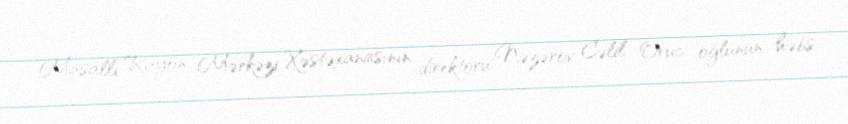
Masallı Rayon Mərkəzi Xəstəxanasının direktoru Nəzərov Cəlil Oruc oğlunun həbs